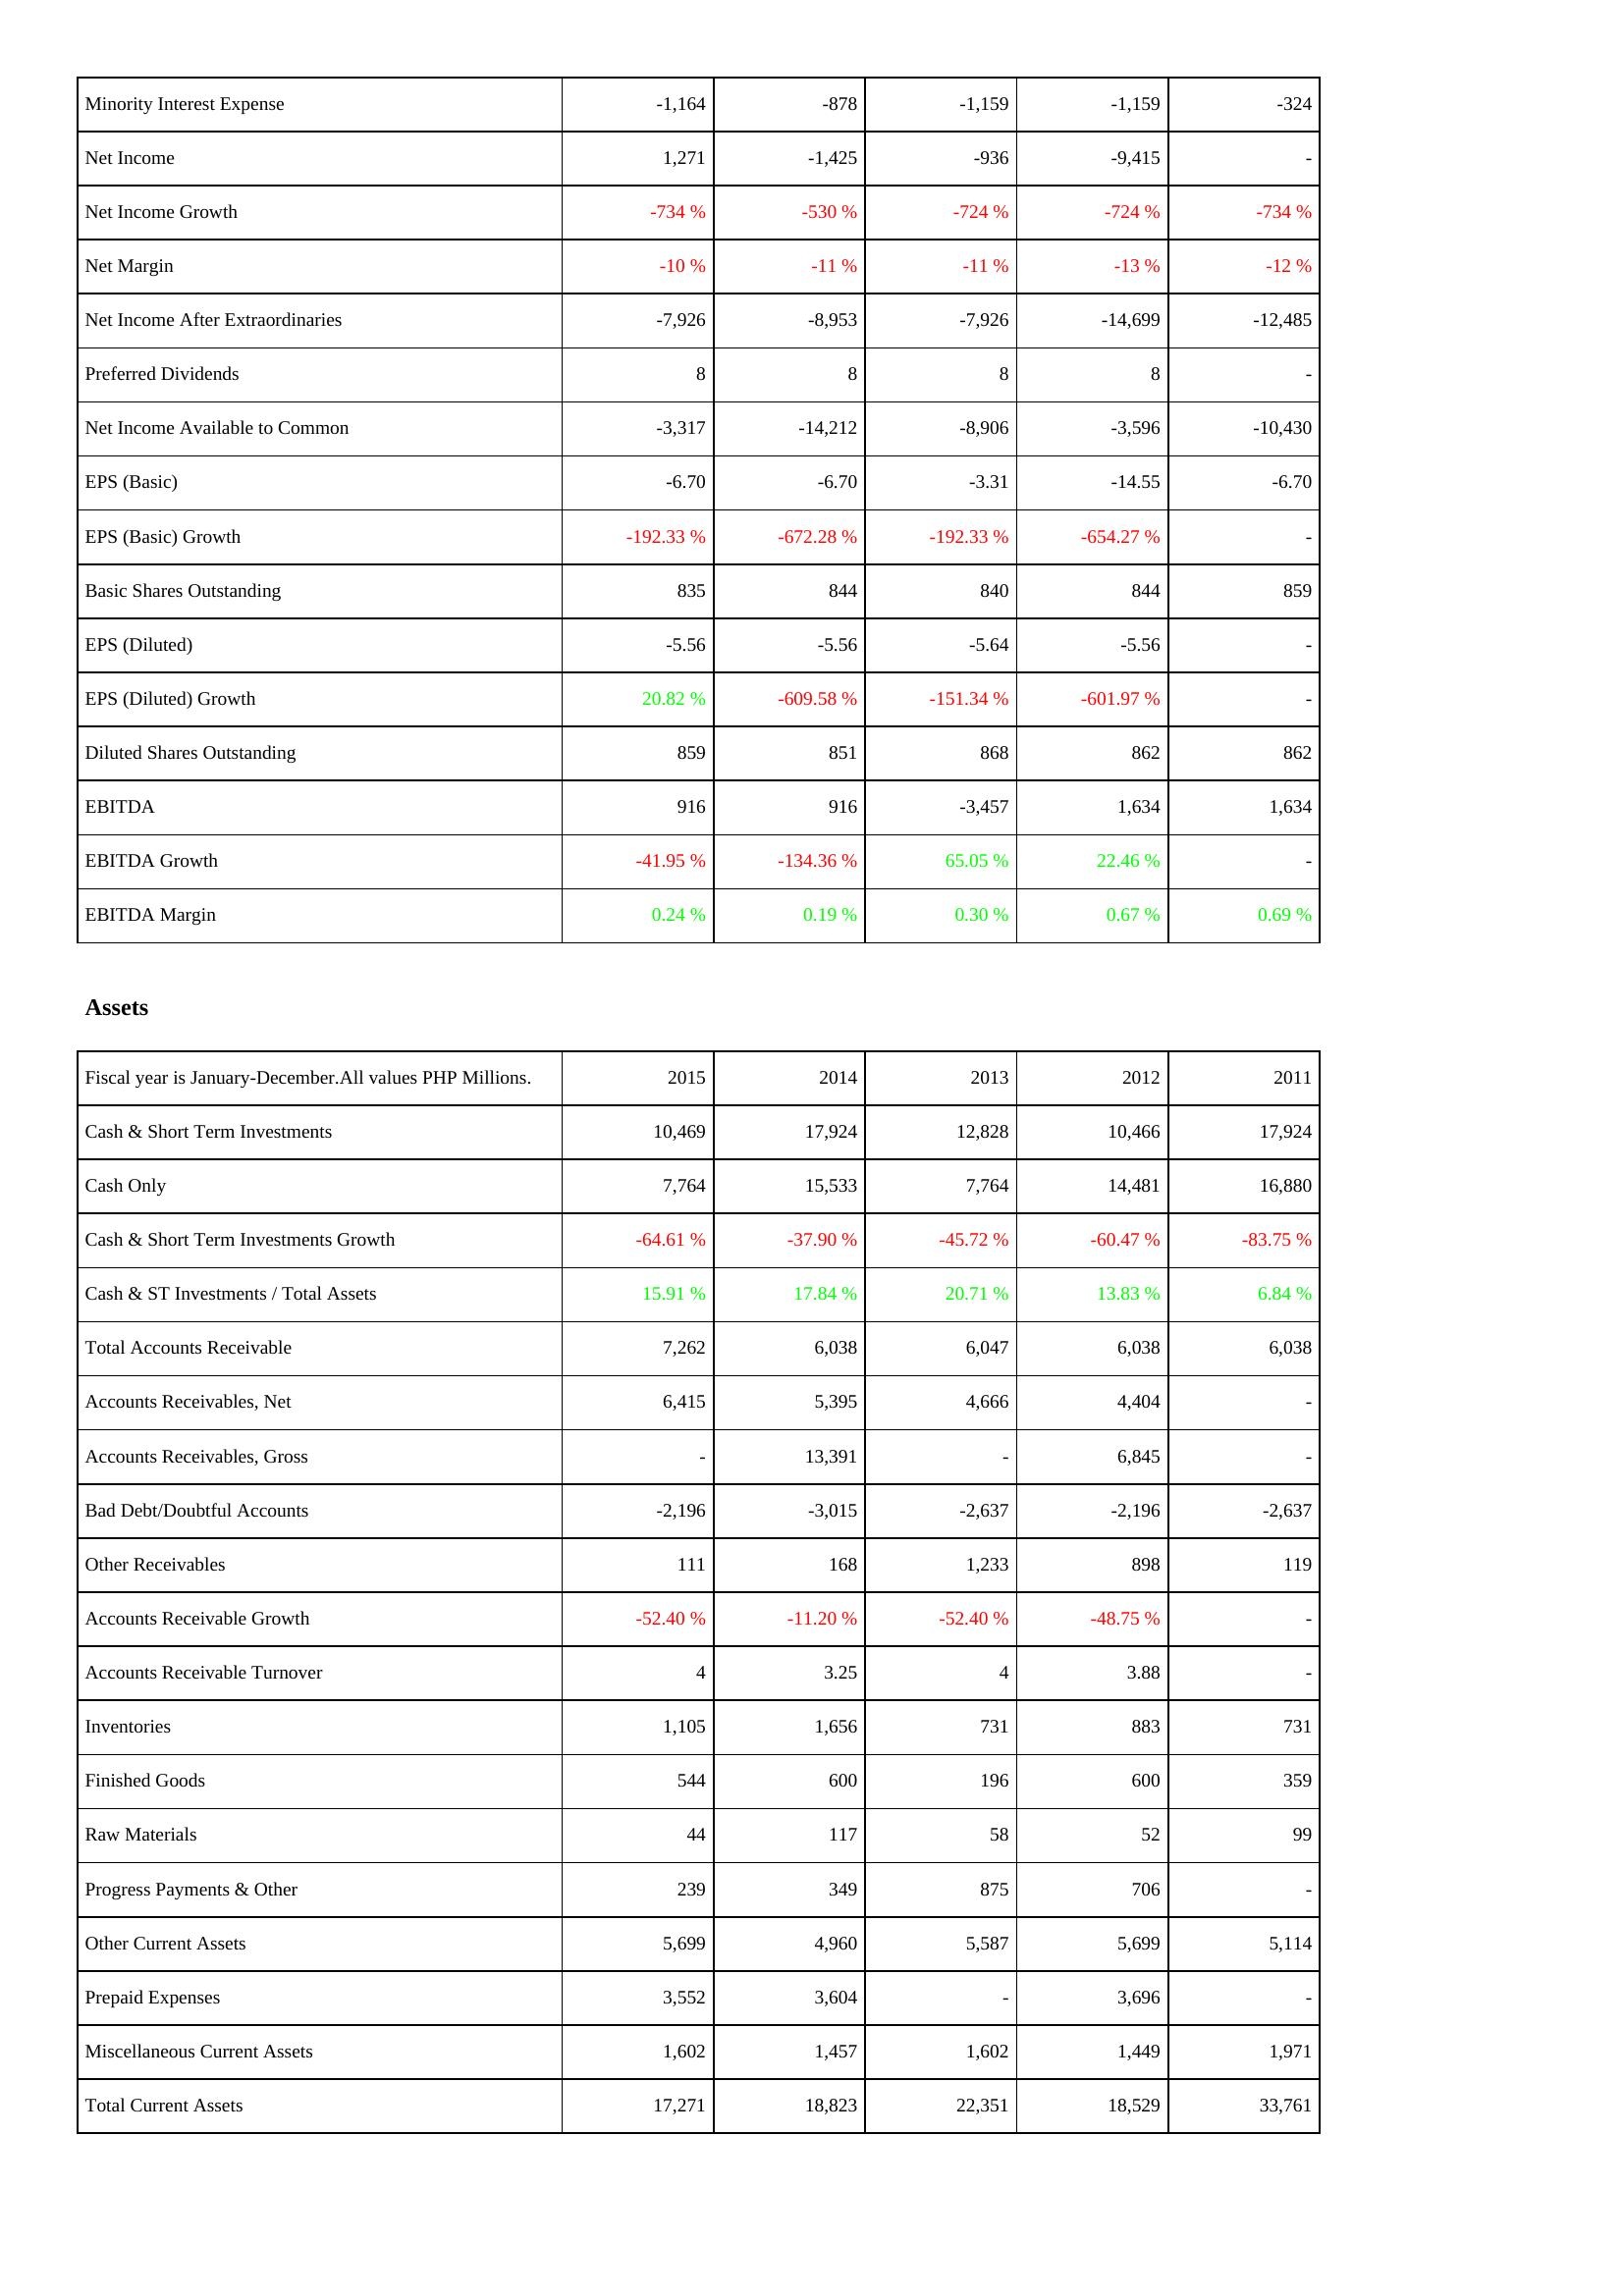
2015: Income Statement: Minority Interest Expense: -1,164
Net Income: 1,271
Net Income Growth: -734 %
Net Margin: -10 %
Net Income After Extraordinaries: -7,926
Preferred Dividends: 8
Net Income Available to Common: -3,317
EPS (Basic): -6.70
EPS (Basic) Growth: -192.33 %
Basic Shares Outstanding: 835
EPS (Diluted): -5.56
EPS (Diluted) Growth: 20.82 %
Diluted Shares Outstanding: 859
EBITDA: 916
EBITDA Growth: -41.95 %
EBITDA Margin: 0.24 %
Assets: Cash & Short Term Investments: 10,469
Cash Only: 7,764
Cash & Short Term Investments Growth: -64.61 %
Cash & ST Investments / Total Assets: 15.91 %
Total Accounts Receivable: 7,262
Accounts Receivables, Net: 6,415
Accounts Receivables, Gross: -
Bad Debt/Doubtful Accounts: -2,196
Other Receivables: 111
Accounts Receivable Growth: -52.40 %
Accounts Receivable Turnover: 4
Inventories: 1,105
Finished Goods: 544
Raw Materials: 44
Progress Payments & Other: 239
Other Current Assets: 5,699
Prepaid Expenses: 3,552
Miscellaneous Current Assets: 1,602
Total Current Assets: 17,271
2014: Income Statement: Minority Interest Expense: -878
Net Income: -1,425
Net Income Growth: -530 %
Net Margin: -11 %
Net Income After Extraordinaries: -8,953
Preferred Dividends: 8
Net Income Available to Common: -14,212
EPS (Basic): -6.70
EPS (Basic) Growth: -672.28 %
Basic Shares Outstanding: 844
EPS (Diluted): -5.56
EPS (Diluted) Growth: -609.58 %
Diluted Shares Outstanding: 851
EBITDA: 916
EBITDA Growth: -134.36 %
EBITDA Margin: 0.19 %
Assets: Cash & Short Term Investments: 17,924
Cash Only: 15,533
Cash & Short Term Investments Growth: -37.90 %
Cash & ST Investments / Total Assets: 17.84 %
Total Accounts Receivable: 6,038
Accounts Receivables, Net: 5,395
Accounts Receivables, Gross: 13,391
Bad Debt/Doubtful Accounts: -3,015
Other Receivables: 168
Accounts Receivable Growth: -11.20 %
Accounts Receivable Turnover: 3.25
Inventories: 1,656
Finished Goods: 600
Raw Materials: 117
Progress Payments & Other: 349
Other Current Assets: 4,960
Prepaid Expenses: 3,604
Miscellaneous Current Assets: 1,457
Total Current Assets: 18,823
2013: Income Statement: Minority Interest Expense: -1,159
Net Income: -936
Net Income Growth: -724 %
Net Margin: -11 %
Net Income After Extraordinaries: -7,926
Preferred Dividends: 8
Net Income Available to Common: -8,906
EPS (Basic): -3.31
EPS (Basic) Growth: -192.33 %
Basic Shares Outstanding: 840
EPS (Diluted): -5.64
EPS (Diluted) Growth: -151.34 %
Diluted Shares Outstanding: 868
EBITDA: -3,457
EBITDA Growth: 65.05 %
EBITDA Margin: 0.30 %
Assets: Cash & Short Term Investments: 12,828
Cash Only: 7,764
Cash & Short Term Investments Growth: -45.72 %
Cash & ST Investments / Total Assets: 20.71 %
Total Accounts Receivable: 6,047
Accounts Receivables, Net: 4,666
Accounts Receivables, Gross: -
Bad Debt/Doubtful Accounts: -2,637
Other Receivables: 1,233
Accounts Receivable Growth: -52.40 %
Accounts Receivable Turnover: 4
Inventories: 731
Finished Goods: 196
Raw Materials: 58
Progress Payments & Other: 875
Other Current Assets: 5,587
Prepaid Expenses: -
Miscellaneous Current Assets: 1,602
Total Current Assets: 22,351
2012: Income Statement: Minority Interest Expense: -1,159
Net Income: -9,415
Net Income Growth: -724 %
Net Margin: -13 %
Net Income After Extraordinaries: -14,699
Preferred Dividends: 8
Net Income Available to Common: -3,596
EPS (Basic): -14.55
EPS (Basic) Growth: -654.27 %
Basic Shares Outstanding: 844
EPS (Diluted): -5.56
EPS (Diluted) Growth: -601.97 %
Diluted Shares Outstanding: 862
EBITDA: 1,634
EBITDA Growth: 22.46 %
EBITDA Margin: 0.67 %
Assets: Cash & Short Term Investments: 10,466
Cash Only: 14,481
Cash & Short Term Investments Growth: -60.47 %
Cash & ST Investments / Total Assets: 13.83 %
Total Accounts Receivable: 6,038
Accounts Receivables, Net: 4,404
Accounts Receivables, Gross: 6,845
Bad Debt/Doubtful Accounts: -2,196
Other Receivables: 898
Accounts Receivable Growth: -48.75 %
Accounts Receivable Turnover: 3.88
Inventories: 883
Finished Goods: 600
Raw Materials: 52
Progress Payments & Other: 706
Other Current Assets: 5,699
Prepaid Expenses: 3,696
Miscellaneous Current Assets: 1,449
Total Current Assets: 18,529
2011: Income Statement: Minority Interest Expense: -324
Net Income: -
Net Income Growth: -734 %
Net Margin: -12 %
Net Income After Extraordinaries: -12,485
Preferred Dividends: -
Net Income Available to Common: -10,430
EPS (Basic): -6.70
EPS (Basic) Growth: -
Basic Shares Outstanding: 859
EPS (Diluted): -
EPS (Diluted) Growth: -
Diluted Shares Outstanding: 862
EBITDA: 1,634
EBITDA Growth: -
EBITDA Margin: 0.69 %
Assets: Cash & Short Term Investments: 17,924
Cash Only: 16,880
Cash & Short Term Investments Growth: -83.75 %
Cash & ST Investments / Total Assets: 6.84 %
Total Accounts Receivable: 6,038
Accounts Receivables, Net: -
Accounts Receivables, Gross: -
Bad Debt/Doubtful Accounts: -2,637
Other Receivables: 119
Accounts Receivable Growth: -
Accounts Receivable Turnover: -
Inventories: 731
Finished Goods: 359
Raw Materials: 99
Progress Payments & Other: -
Other Current Assets: 5,114
Prepaid Expenses: -
Miscellaneous Current Assets: 1,971
Total Current Assets: 33,761